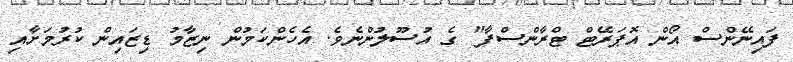
ފައިނޭންސް އޯން އޮޕަރޭޓް ޓްރާންސްފާ" ގެ އުސޫލުންނެވެ. އެހެންކަމުން ނިޒާމު ޑިޒައިން ކުރުމަށާއި